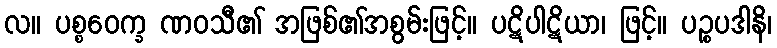
လ။ ပစ္စဝေက္ခ ဏဝသီ၏ အဖြစ်၏အစွမ်းဖြင့်။ ပဋိပါဋိယာ၊ ဖြင့်။ ပဉ္စပဒါနိ၊